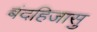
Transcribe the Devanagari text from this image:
बंदहिजासु